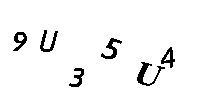
9U35U4